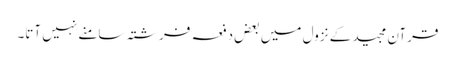
قرآن مجید کے نزول میں بعض دفعہ فرشتہ سامنے نہیں آتا۔